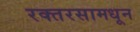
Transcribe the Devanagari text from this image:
रक्तरसामधून